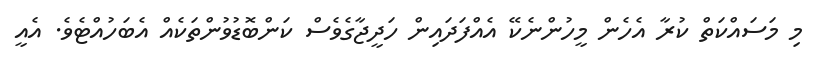
މި މަސައްކަތް ކުރާ އެހެން މީހުންނެކޭ އެއްފަދައިން ހަދީޖާގެވެސް ކަންބޮޑުވުންތަކެއް އެބަހުއްޓެވެ. އެއީ